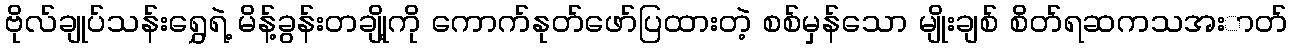
ဗိုလ်ချုပ်သန်းရွှေရဲ့ မိန့်ခွန်းတချို့ကို ကောက်နုတ်ဖော်ပြထားတဲ့ စစ်မှန်သော မျိုးချစ် စိတ်ရဆကသအးာတ်